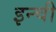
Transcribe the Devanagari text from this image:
इन्ची